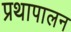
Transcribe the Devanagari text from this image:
प्रथापालन